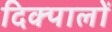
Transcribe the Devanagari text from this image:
दिक्पालों